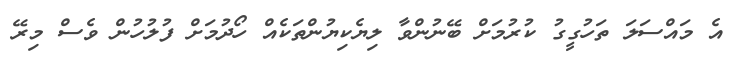
އެ މައްސަލަ ތަހުގީގު ކުރުމަށް ބޭނުންވާ ލިޔެކިޔުންތަކެއް ހޯދުމަށް ފުލުހުން ވެސް މިރޭ